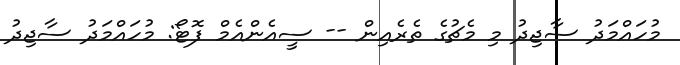
މުހައްމަދު ސާޖިދު މި މެޗުގެ ތެރެއިން -- ސީއެންއެމް ފޮޓޯ: މުހައްމަދު ސާޖިދު